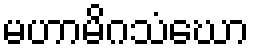
မဟာမိဂသံဃော